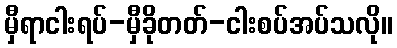
မှီရာငါးရပ်-မှီခိုတတ်-ငါးစပ်အပ်သလို။